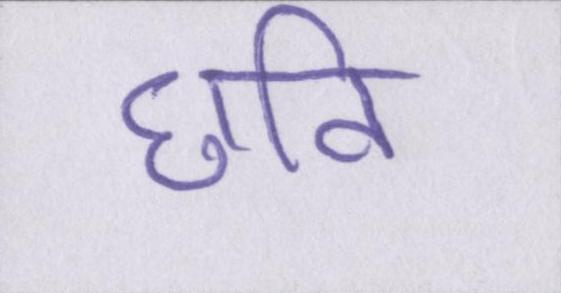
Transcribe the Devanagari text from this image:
छवि